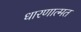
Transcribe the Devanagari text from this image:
धारणात्मत